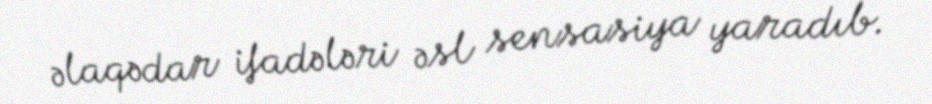
əlaqədar ifadələri əsl sensasiya yaradıb.